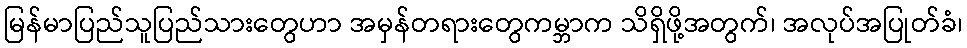
မြန်မာပြည်သူပြည်သားတွေဟာ အမှန်တရားတွေကမ္ဘာက သိရှိဖို့အတွက်၊ အလုပ်အပြုတ်ခံ၊